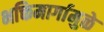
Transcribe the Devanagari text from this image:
भक्तिमार्गामुळे